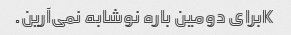
Kبرای دومین باره نوشابه نمی‌آرین.